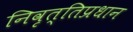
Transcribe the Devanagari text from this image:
निवृत्तिप्रधान